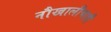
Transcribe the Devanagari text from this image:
नौखालीचाही